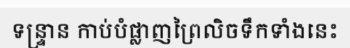
ទន្ទ្រាន កាប់បំផ្លាញព្រៃលិចទឹកទាំងនេះ